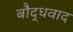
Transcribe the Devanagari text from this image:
बौद्धवाद